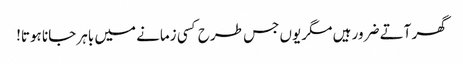
گھر آتے ضرور ہیں مگر یوں جس طرح کسی زمانے میں باہر جانا ہوتا!